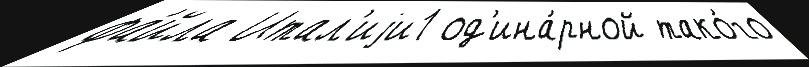
фа́йла Итал'иjи1 од'ина́рной тако́го